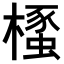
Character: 𣜡